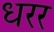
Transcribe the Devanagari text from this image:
धरर